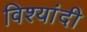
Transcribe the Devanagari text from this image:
विश्यांदी